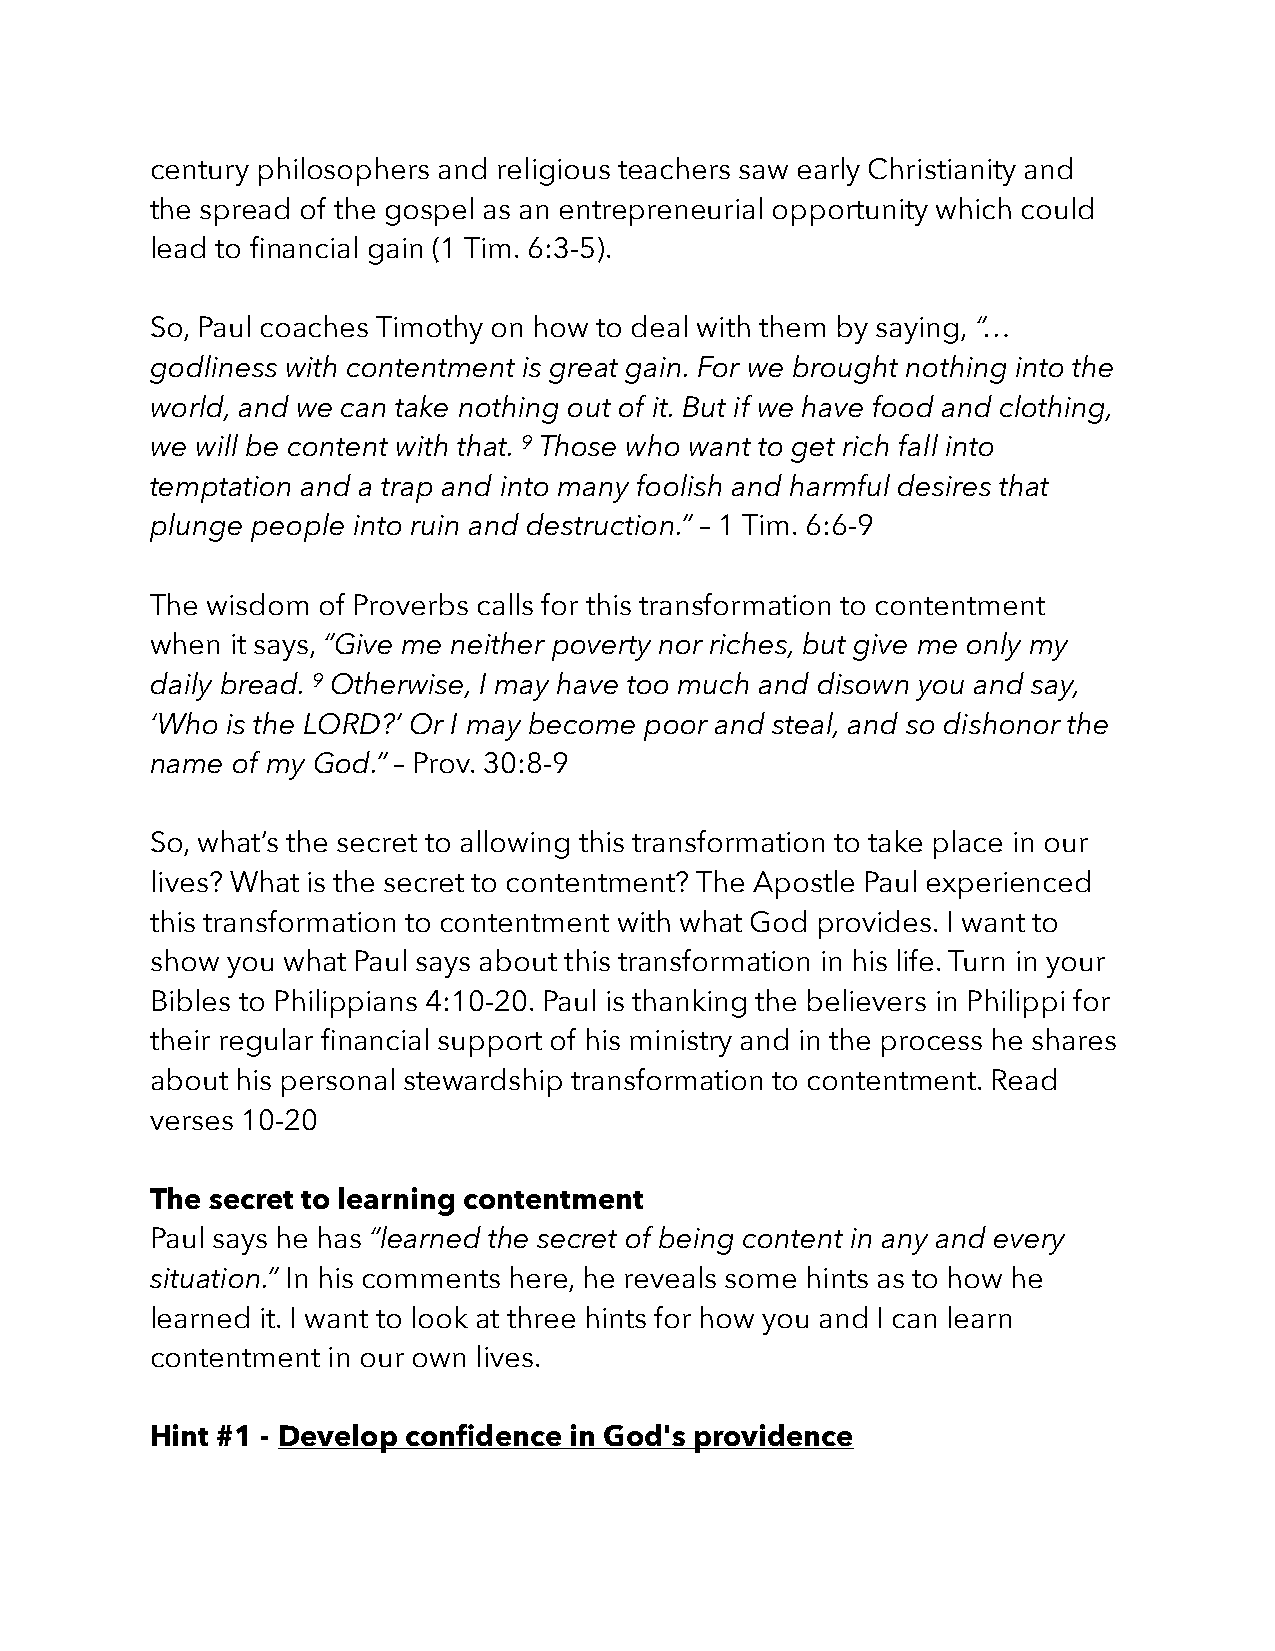
century philosophers and religious teachers saw early Christianity and
 the spread of the gospel as an entrepreneurial opportunity which could
 lead to financial gain (1 Tim. 6:3-5).
 So, Paul coaches Timothy on how to deal with them by saying, “…
 godliness with contentment is great gain. For we brought nothing into the
 world, and we can take nothing out of it. But if we have food and clothing,
 we will be content with that. 9 Those who want to get rich fall into
 temptation and a trap and into many foolish and harmful desires that
 plunge people into ruin and destruction.” – 1 Tim. 6:6-9
 The wisdom of Proverbs calls for this transformation to contentment
 when it says, “Give me neither poverty nor riches, but give me only my
 daily bread. 9 Otherwise, I may have too much and disown you and say,
 ‘Who is the LORD?’ Or I may become poor and steal, and so dishonor the
 name of my God.” – Prov. 30:8-9
 So, what’s the secret to allowing this transformation to take place in our
 lives? What is the secret to contentment? The Apostle Paul experienced
 this transformation to contentment with what God provides. I want to
 show you what Paul says about this transformation in his life. Turn in your
 Bibles to Philippians 4:10-20. Paul is thanking the believers in Philippi for
 their regular financial support of his ministry and in the process he shares
 about his personal stewardship transformation to contentment. Read
 verses 10-20
 The secret to learning contentment
 Paul says he has “learned the secret of being content in any and every
 situation.” In his comments here, he reveals some hints as to how he
 learned it. I want to look at three hints for how you and I can learn
 contentment in our own lives.
 Hint #1 - Develop confidence in God's providence